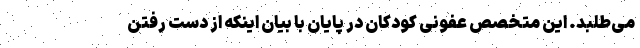
می‌طلبد. این متخصص عفونی کودکان در پایان با بیان اینکه از دست رفتن